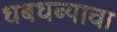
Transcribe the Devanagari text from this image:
धबधब्याचा